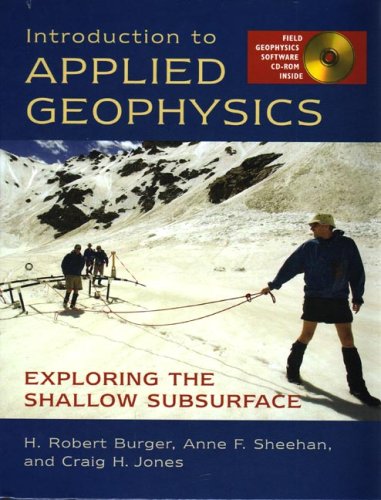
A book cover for Introduction to Applied Geophysics: Exploring the Shallow Subsurface; H. Robert Burger; Science & Math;